Vaccination in the Punjab 1905-1918 - 1905-1918
Year: 1905
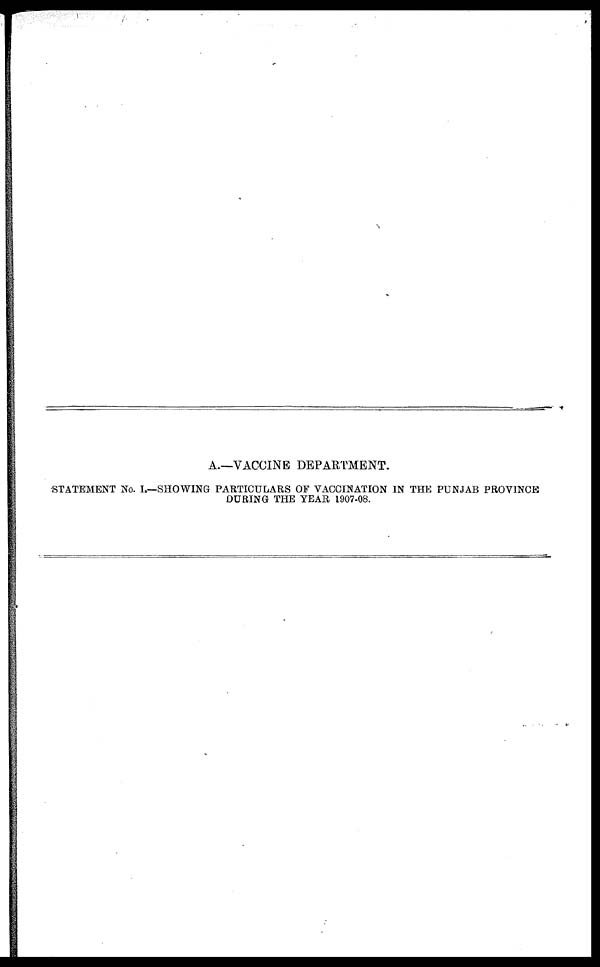
A.—VACCINE DEPARTMENT.
STATEMENT No. I.—SHOWING PARTICULARS OF VACCINATION IN THE PUNJAB PROVINCE
DURING THE YEAR 1907-08.